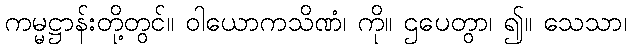
ကမ္မဋ္ဌာန်းတို့တွင်။ ဝါယောကသိဏံ၊ ကို။ ဌပေတွာ၊ ၍။ သေသာ၊